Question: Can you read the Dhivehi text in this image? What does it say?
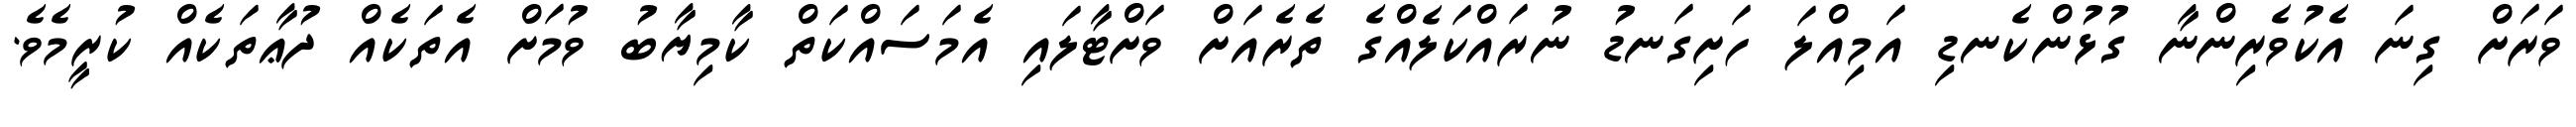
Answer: ވަރަށް ގިނަ އެކުވެރިންނާ ގުޅުންކެނޑި އަމިއްލަ ހަށިގަނޑު ނުރައްކަލެއްގެ ތެރެއަށް ވަށްޓާލައި އެމަސައްކަތް ކާމިޔާބު ވުމަށް އެތަކެއް ދުޢާތަކެއް ކުރީމެވެ.